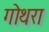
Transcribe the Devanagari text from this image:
गोथरा